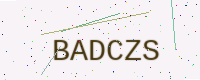
Text: BADCZS